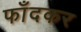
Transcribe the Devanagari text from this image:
फाँदकर